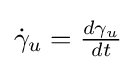
{\textstyle {\dot {\gamma }}_{u}={\frac {d\gamma _{u}}{dt}}}